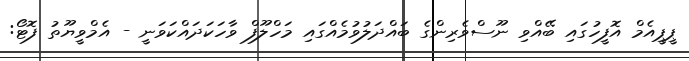
ޕީޕީއެމް އޮފީހުގައި ބޭއްވި ނޫސްވެރިންގެ ބައްދަލުވުމެއްގައި މަހްލޫފް ވާހަކަދައްކަވަނީ - އެމްވީޔޫތު ފޮޓޯ: